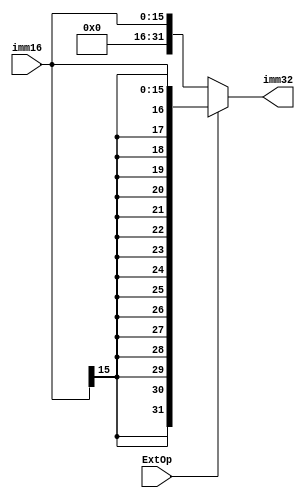
module ext(imm16,imm32,ExtOp);
input [15:0] imm16;
output [31:0] imm32;
input ExtOp;
assign imm32=(ExtOp==1)?{{16{imm16[15]}},imm16}:{16'b0,imm16};
endmodule